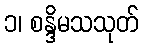
၁၊ စန္ဒိမသသုတ်